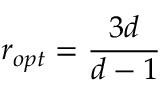
r _ { o p t } = \frac { 3 d } { d - 1 }